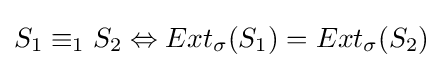
S_{1}\equiv _{1}S_{2}\Leftrightarrow Ext_{\sigma }(S_{1})=Ext_{\sigma }(S_{2})